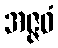
အဇ္ဇဝံ